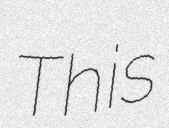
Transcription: This